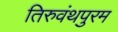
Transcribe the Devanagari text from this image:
तिरुवंथपुरम